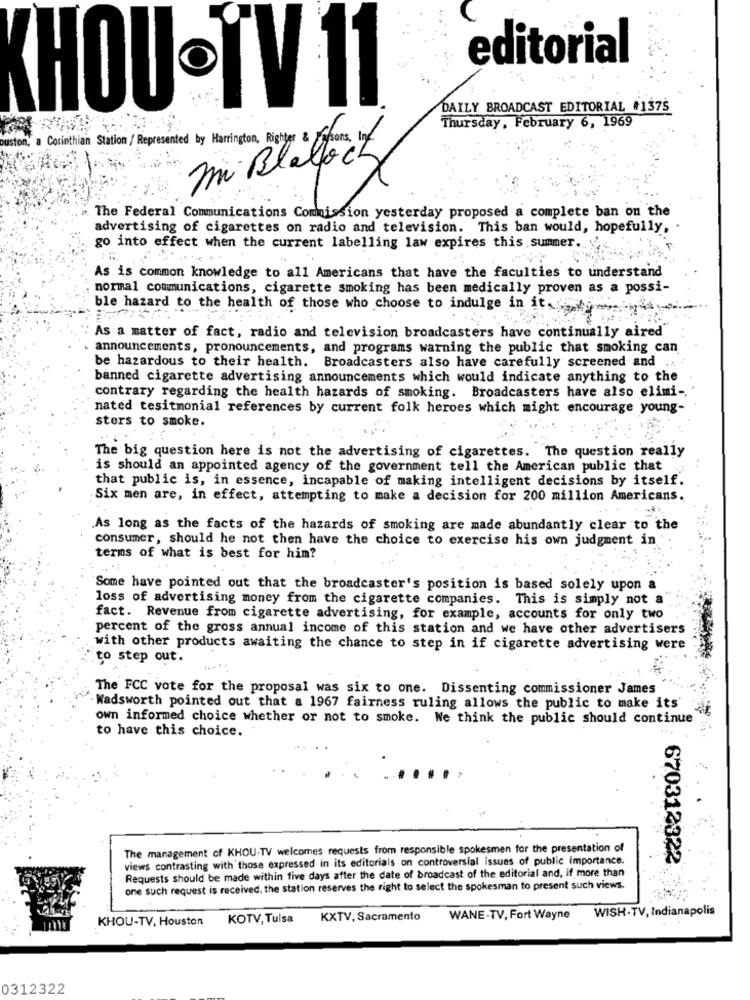
editorial
CHOU . IV 11
DAILY BROADCAST EDITORIAL #1375
Thursday, February 6, 1969
Corinthian Station / Represented by Harrington, Righter & Effsons, ing.
mi Blaloch
The Federal Communications Commission yesterday proposed a complete ban on the
advertising of cigarettes on radio and television. This ban would, hopefully,
go into effect when the current labelling law expires this summer ..
As is common knowledge to all Americans that have the faculties to understand
normal communications, cigarette smoking has been medically proven as a possi-
ble hazard to the health of those who choose to indulge in it.
As a matter of fact, radio and television broadcasters have continually aired
announcements, pronouncements, and programs warning the public that smoking can
be hazardous to their health. Broadcasters also have carefully screened and
banned cigarette advertising announcements which would indicate anything to the
contrary regarding the health hazards of smoking. Broadcasters have also elimi -.
nated tesitmonial references by current folk heroes which might encourage young-
sters to smoke.
The big question here is not the advertising of cigarettes. The question really
is should an appointed agency of the government tell the American public that
that public is, in essence, incapable of making intelligent decisions by itself.
Six men are, in effect, attempting to make a decision for 200 million Americans.
As long as the facts of the hazards of smoking are made abundantly clear to the
consumer, should he not then have the choice to exercise his own judgment in
terms of what is best for him?
"Some have pointed out that the broadcaster's position is based solely upon a
loss of advertising money from the cigarette companies. This is simply not a
fact. Revenue from cigarette advertising, for example, accounts for only two
percent of the gross annual income of this station and we have other advertisers
with other products awaiting the chance to step in if cigarette advertising were
to step out.
The FCC vote for the proposal was six to one. Dissenting commissioner James
Wadsworth pointed out that a 1967 fairness ruling allows the public to make its'
own informed choice whether or not to smoke. We think the public should continue
to have this choice.
The management of KHOU-TV welcomes requests from responsible spokesmen for the presentation of
views contrasting with those expressed in its editorials on controversial issues of public importance.
670312322
Requests should be made within five days after the date of broadcast of the editorial and, if more than
one such request is received, the station reserves the right to select the spokesman to present such views.
WISH-TV, Indianapolis
KHOU-TV, Houston
KOTV, Tulsa
KXTV, Sacramento
WANE-TV, Fort Wayne
0312322